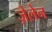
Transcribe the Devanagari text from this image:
ज़ेलेन